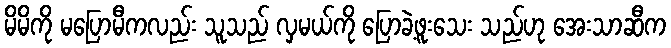
မိမိကို မပြောမီကလည်း သူသည် လှမယ်ကို ပြောခဲ့ဖူးသေး သည်ဟု အေးသာဆီက